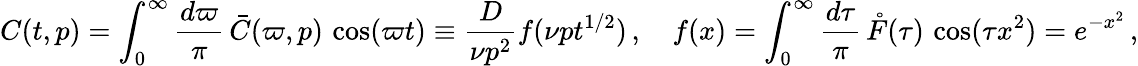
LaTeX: C(t,p)=\int_{0}^{\infty}\frac{d\varpi}{\pi}\, \bar{C}(\varpi,p)\, \cos(\varpi t)\equiv\frac{D}{\nu p^{2}}f(\nu pt^{1/2})\, ,\quad f(x)=\int_{0}^{\infty}\frac{d\tau}{\pi}\, \mathring{F}(\tau)\, \cos(\tau x^{2})=e^{-x^{2}}\, ,